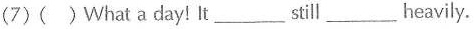
(7)( )What a day! It___still___heavily.